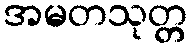
အမတသုတ္တ